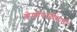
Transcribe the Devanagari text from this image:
श्रेणीवाढीसाठी